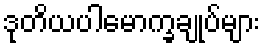
ဒုတိယပါမောက္ခချုပ်များ